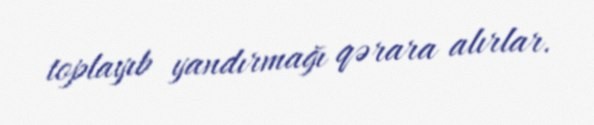
toplayıb yandırmağı qərara alırlar.